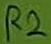
Text: R2